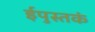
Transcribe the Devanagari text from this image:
ईपुस्तकं